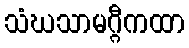
သံဃသာမဂ္ဂီကထာ